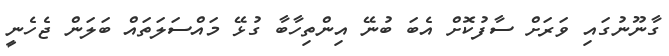
ގާނޫނުގައި ވަރަށް ސާފުކޮށް އެބަ ބުނޭ އިންތިހާބާ ގުޅޭ މައްސަލަތައް ބަލަން ޖެހެނީ